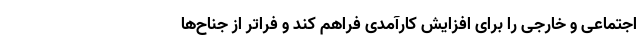
اجتماعی و خارجی را برای افزایش کارآمدی فراهم کند و فراتر از جناح‌ها